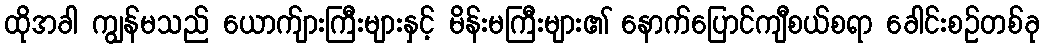
ထိုအခါ ကျွန်မသည် ယောက်ျားကြီးများနှင့် မိန်းမကြီးများ၏ နောက်ပြောင်ကျီစယ်စရာ ခေါင်းစဉ်တစ်ခု